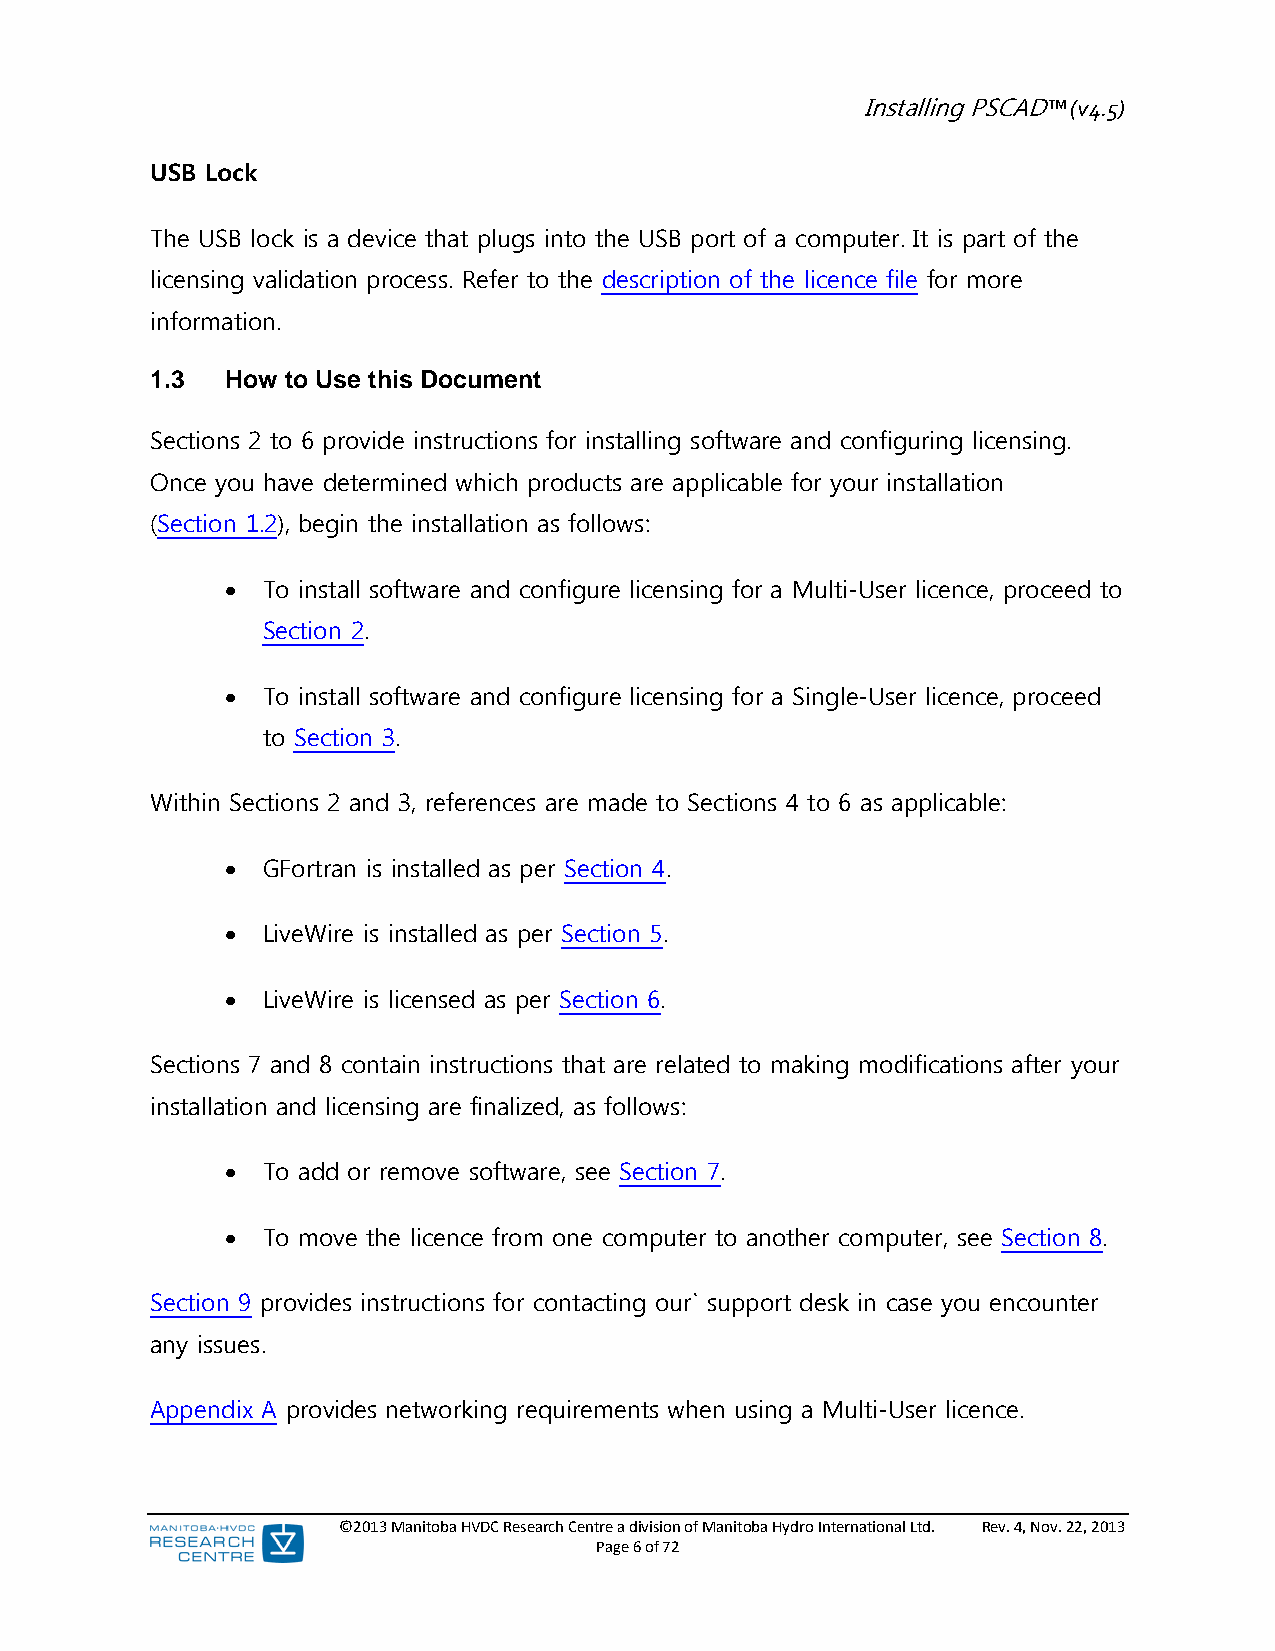
Installing PSCAD™ (v4.5)
 USB Lock
 The USB lock is a device that plugs into the USB port of a computer. It is part of the
 licensing validation process. Refer to the description of the licence file for more
 information.
 1.3  How to Use this Document
 Sections 2 to 6 provide instructions for installing software and configuring licensing.
 Once you have determined which products are applicable for your installation
 (Section 1.2), begin the installation as follows:
  To install software and configure licensing for a Multi-User licence, proceed to
 Section 2.
  To install software and configure licensing for a Single-User licence, proceed
 to Section 3.
 Within Sections 2 and 3, references are made to Sections 4 to 6 as applicable:
  GFortran is installed as per Section 4.
  LiveWire is installed as per Section 5.
  LiveWire is licensed as per Section 6.
 Sections 7 and 8 contain instructions that are related to making modifications after your
 installation and licensing are finalized, as follows:
  To add or remove software, see Section 7.
  To move the licence from one computer to another computer, see Section 8.
 Section 9 provides instructions for contacting our` support desk in case you encounter
 any issues.
 Appendix A provides networking requirements when using a Multi-User licence.
 ©2013 Manitoba HVDC Research Centre a division of Manitoba Hydro International Ltd. Rev. 4, Nov. 22, 2013
 Page 6 of 72